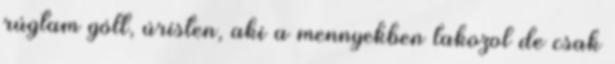
rúgtam gólt, úristen, aki a mennyekben lakozol de csak